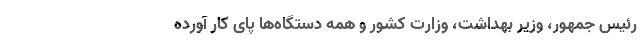
رئیس جمهور، وزیر بهداشت، وزارت کشور و همه دستگاه‌ها پای کار آورده